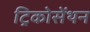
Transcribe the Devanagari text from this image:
ट्रिकोसेंथन